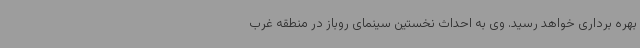
بهره برداری خواهد رسید. وی به احداث نخستین سینمای روباز در منطقه غرب